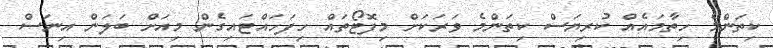
ކިތަންމެ ހިތާމައެއް ކުރިޔަސް ކިތަންމެ ވަރަކަށް މިފޮޓޯތައް ހިފަހައްޓައިގެން މިއަށް ބަލަން އިނަސް